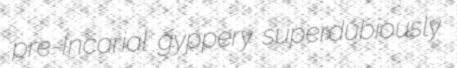
pre-Incarial gyppery superdubiously